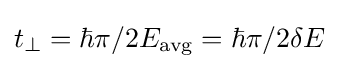
t_{\perp }=\hbar \pi /2E_{\text{avg}}=\hbar \pi /2\delta E